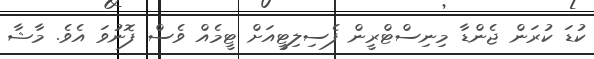
ކުޑަ ކުރަން ޖެންޑާ މިނިސްޓްރީން ފެސިލިޓީއަށް ޓީމެއް ވެސް ފޮނުވަ އެވެ. މާޝާ